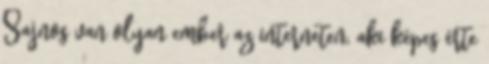
Sajnos van olyan ember az interneten, aki képes érte